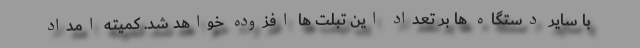
با سایر دستگاه ها بر تعداد این تبلت ها افزوده خواهد شد. کمیته امداد